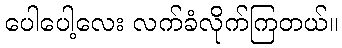
ပေါပေါ့လေး လက်ခံလိုက်ကြတယ်။